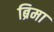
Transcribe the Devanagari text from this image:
ब्रिमा